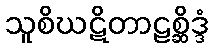
သူစိဃဋိတာဠစ္ဆိဒ္ဒံ